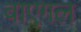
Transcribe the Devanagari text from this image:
वाएगल